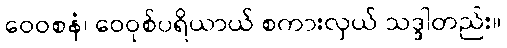
ဝေဝစနံ၊ ဝေဝုစ်ပရိယာယ် စကားလှယ် သဒ္ဒါတည်း။